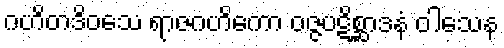
ဂဟိတဒိဝသေ ရာဇဂဟိကော ဝဇ္ဇပဋိစ္ဆာဒနံ ဝါသေန